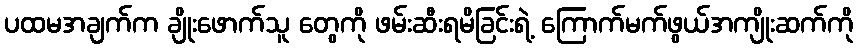
ပထမအချက်က ချိုးဖောက်သူ တွေကို ဖမ်းဆီးရမိခြင်းရဲ့ ကြောက်မက်ဖွယ်အကျိုးဆက်ကို